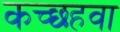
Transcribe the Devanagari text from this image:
कच्छहवा